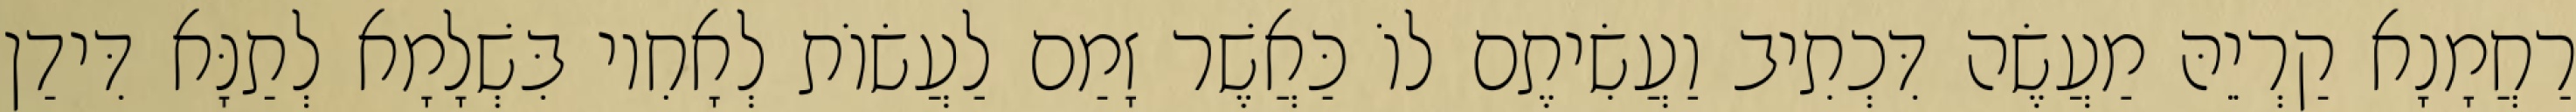
רַחֲמָנָא קַרְיֵהּ מַעֲשֶׂה דִּכְתִיב וַעֲשִׂיתֶם לוֹ כַּאֲשֶׁר זָמַם לַעֲשׂוֹת לְאָחִיו בִּשְׁלָמָא לְתַנָּא דִּידַן